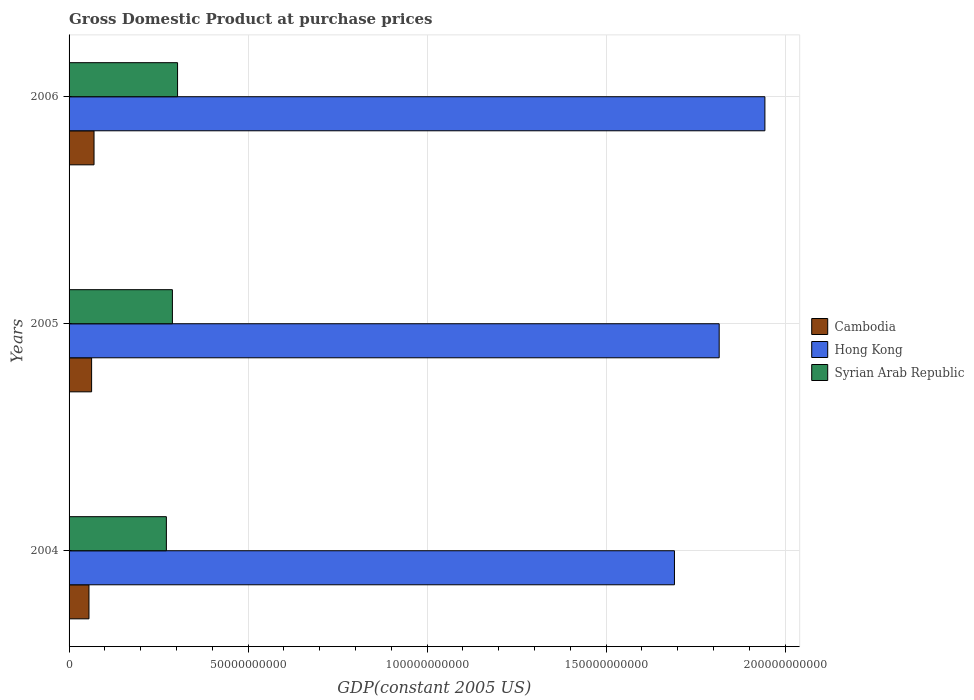
| Years | Cambodia | Hong Kong | Syrian Arab Republic |
 | --- | --- | --- | --- |
 | 2004 | 5.56e+09 | 1.69e+11 | 2.72e+10 |
 | 2005 | 6.29e+09 | 1.82e+11 | 2.89e+10 |
 | 2006 | 6.97e+09 | 1.94e+11 | 3.03e+10 |